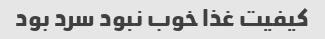
کیفیت غذا خوب نبود سرد بود